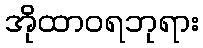
အိုထာဝရဘုရား